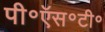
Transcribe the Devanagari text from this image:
पी॰ऍस॰टी॰